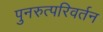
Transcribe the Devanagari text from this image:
पुनरुत्परिवर्तन